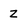
Character: Z